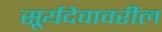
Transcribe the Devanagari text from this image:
सूर्यदेवावरील